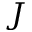
J